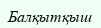
Балқытқыш